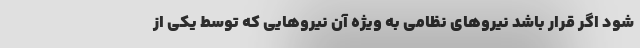
شود اگر قرار باشد نیروهای نظامی به ویژه آن نیروهایی که توسط یکی از